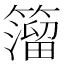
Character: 𥵄